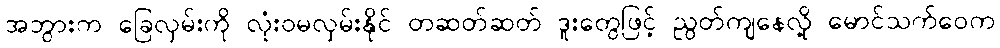
အဘွားက ခြေလှမ်းကို လုံးဝမလှမ်းနိုင် တဆတ်ဆတ် ဒူးတွေဖြင့် ညွတ်ကျနေလို့ မောင်သက်ဝေက